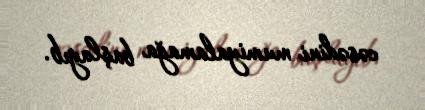
cəsədini mumiyalamağa başlayıb.